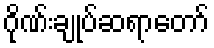
ဂိုဏ်းချုပ်ဆရာတော်